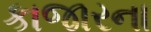
કાજારના